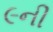
૯ની